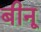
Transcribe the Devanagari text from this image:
बीनू